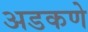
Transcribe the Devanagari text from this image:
अडकणे